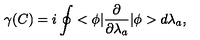
\gamma ( C ) = i \oint < \phi | \frac { \partial } { \partial \lambda _ { a } } | \phi > d \lambda _ { a } { , }